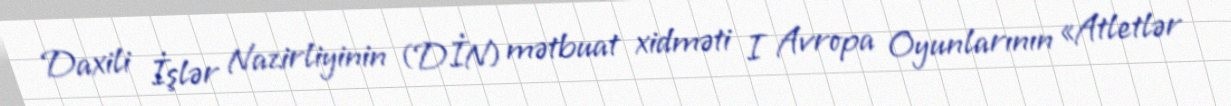
Daxili İşlər Nazirliyinin (DİN) mətbuat xidməti I Avropa Oyunlarının «Atletlər